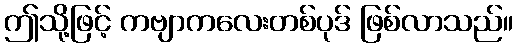
ဤသို့ဖြင့် ကဗျာကလေးတစ်ပုဒ် ဖြစ်လာသည်။